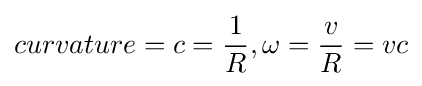
curvature=c={\frac {1}{R}},\omega ={\frac {v}{R}}=vc